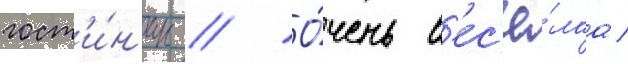
гост'и́н'ицы // О́чень в'ес'ё́лаа